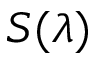
S ( \lambda )